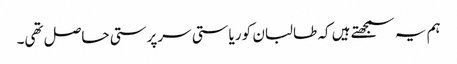
ہم یہ سمجھتے ہیں کہ طالبان کو ریاستی سرپرستی حاصل تھی۔